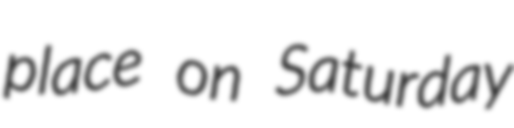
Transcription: place on Saturday